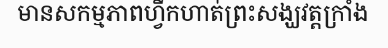
មានសកម្មភាពហ្វឹកហាត់ព្រះសង្ឃវត្តក្រាំង